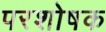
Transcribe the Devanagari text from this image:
परशोषक